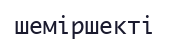
шеміршекті